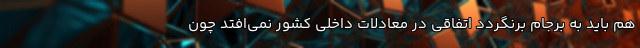
هم باید به برجام برنگردد اتفاقی در معادلات داخلی کشور نمی‌افتد چون